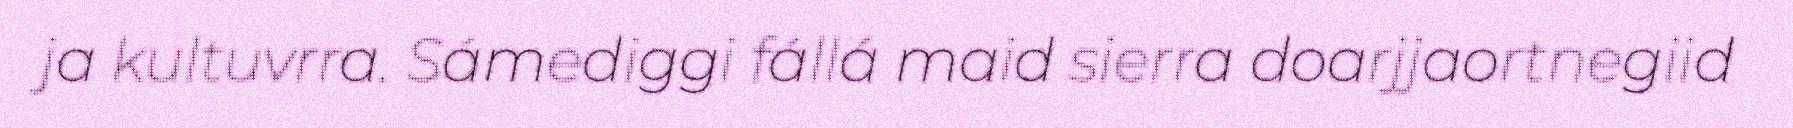
ja kultuvrra. Sámediggi fállá maid sierra doarjjaortnegiid